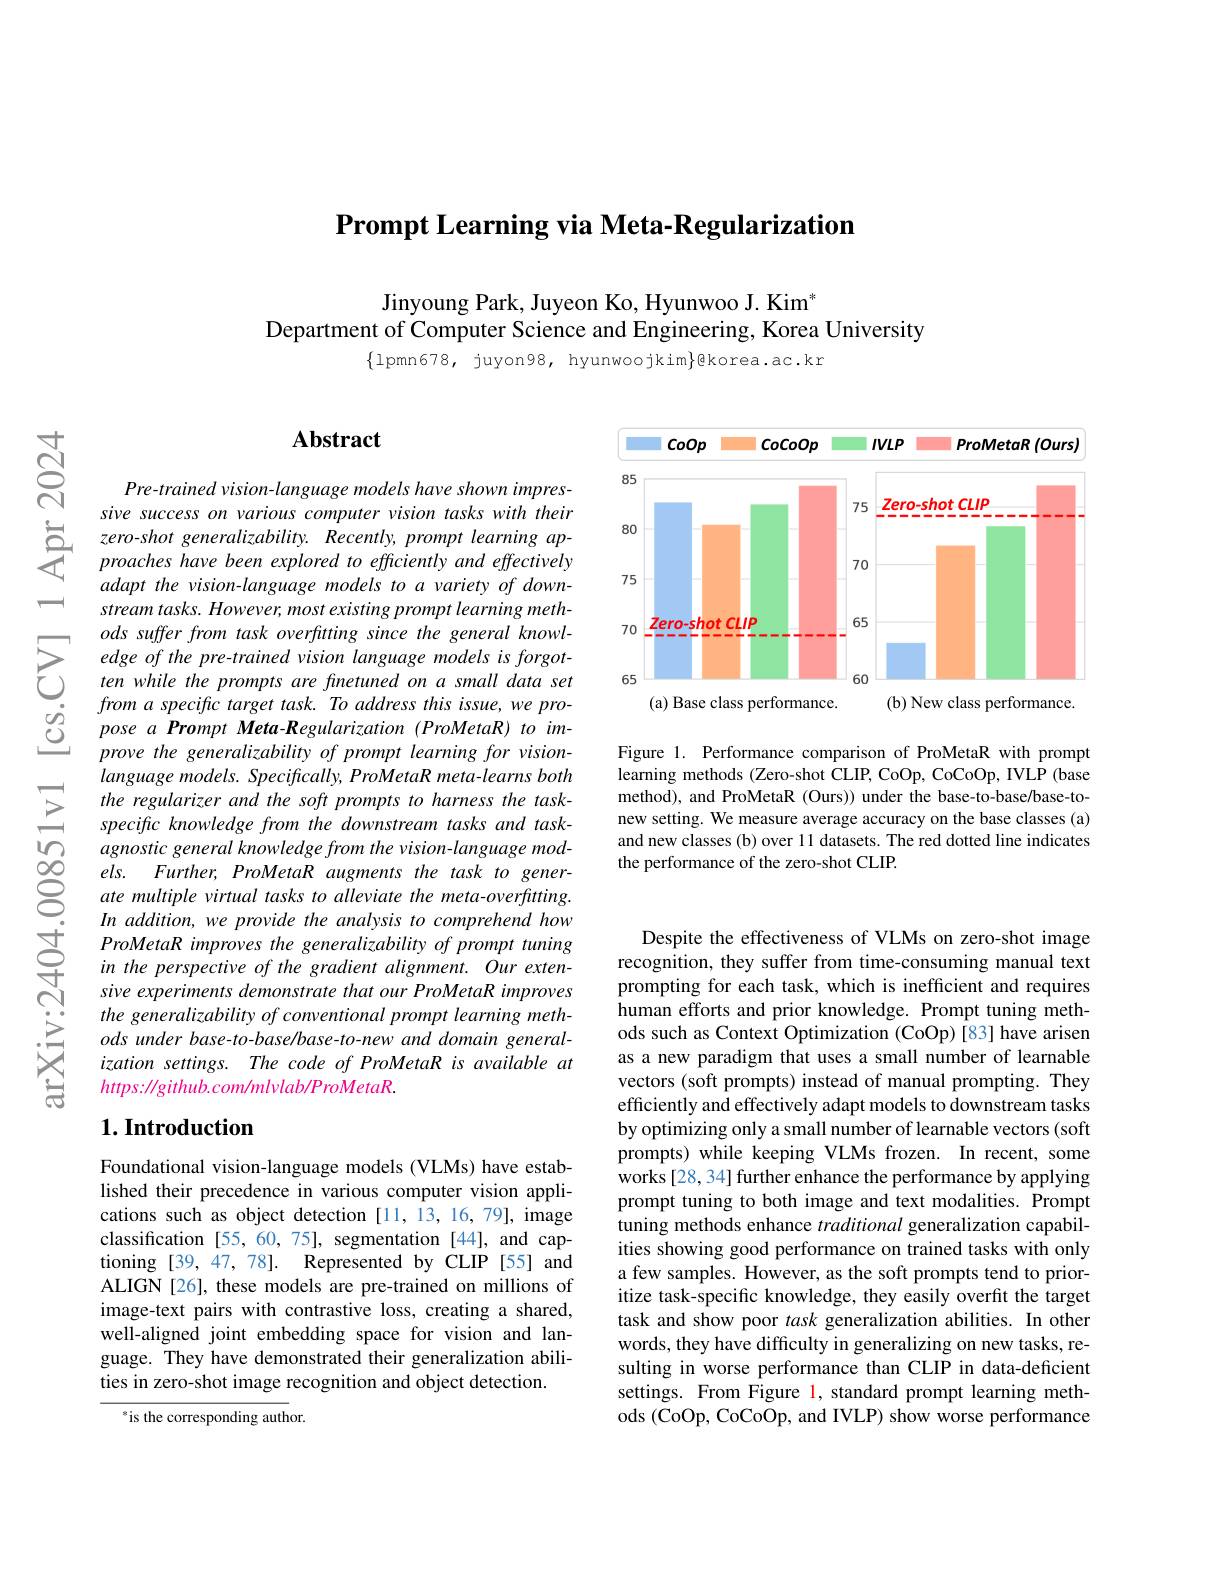
$\textbf{Prompt Learning via Meta- Regularization}$

Jinyoung Park, Juyeon Ko, Hyunwoo J. Kim$^*$
Department of Computer Science and Engineering, Korea University
$\{1$pmn678, juyon98, hyunwoojkim$\}$ekorea.ac.kr

$তুর$

-1

<FigureHere>

Figure 1. Performance comparison of ProMetaR with prompt learning methods (Zero-shot CLIP, CoOp, CoCoOp, IVLP (base method), and ProMetaR (Ours)) under the base-to-base/base-tonew setting. We measure average accuracy on the base classes (a) and new classes (b) over 11 datasets. The red dotted line indicates the performance of the zero-shot CLIP.

## Abstract

Pre- trained vision- language models have shown impressive success on various computer vision tasks with their
$\sum_{\begin{array}{cc}zero-shot&generalizability.&Recently,prompt&learning&ap-\\proaches&have&beeen&explored&to&effciently&and&effectively\end{array}}$
adapt the vision-language models to a variety of downstream tasks. However, most existing prompt learning methods suffer from task overftting since the general knowl-
$\sum_{\begin{array}{cc}&\text{ous suller jiom tass overfhinng since me generu know-}\\&\text{edge of the pre-trained vision language models is forgot-}\\&\text{ten while the prompts are finetuned on a small data set}\\&\text{form a snecific tares task To addres this issue we nro.}\end{array}}$
from a specific target task. To address this issue, we pro- $\underline {\dot{C} }$ $pose a Prompt Meta- Regularization ( ProMetaR) to im- \underline {Q}$ $prove the generalizability of prompt learning for vision-$
prove the generalizability of prompt learning for visionlanguage models. Specifically, ProMetaR meta-learns both the regularizer and the soft prompts to harness the taskspecific knowledge from the downstream tasks and taskagnostic general knowledge from the vision-language mod- $els.$
Further, ProMetaR augments the task to generate multiple virtual tasks to alleviate the meta-overfitting.
$\begin{array}{lll}&In&addition,we&provide&the&analysis&to&c\end{array}$
sive experiments demonstrate that our ProMetaR improves the generalizability of conventional prompt learning methods under base- to- base/ base- to- new and domain generalization settings. The code of ProMetaR is available at $https://github.com/mlvlab/ProMetaR.$

# 1. Introduction

Foundational vision-language models (VLMs) have established their precedence in various computer vision applications such as object detection [11, 13, 16, 79], image classification [55,60,75], segmentation [44], and captioning [39,47,78]. Represented by CLIP [55] and ALIGN[26], these models are pre-trained on millions of image-text pairs with contrastive loss, creating a shared, well-aligned joint embedding space for vision and language. They have demonstrated their generalization abilities in zero-shot image recognition and object detection.

$^{*}$is the corresponding author.

Despite the effectiveness of VLMs on zero-shot image recognition, they suffer from time-consuming manual text prompting for each task, which is inefficient and requires human efforts and prior knowledge. Prompt tuning methods such as Context Optimization (CoOp) [83] have arisen as a new paradigm that uses a small number of learnable vectors (soft prompts) instead of manual prompting. They efficiently and effectively adapt models to downstream tasks by optimizing only a small number of learnable vectors (soft prompts) while keeping VLMs frozen. In recent, some works[28, 34] further enhance the performance by applying prompt tuning to both image and text modalities. Prompt tuning methods enhance traditional generalization capabilities showing good performance on trained tasks with only a few samples. However, as the soft prompts tend to prioritize task-specific knowledge, they easily overfit the target task and show poor task generalization abilities. In other words, they have difficulty in generalizing on new tasks, resulting in worse performance than CLIP in data-deficient settings. From Figure 1, standard prompt learning methods (CoOp, CoCoOp, and IVLP) show worse performance